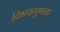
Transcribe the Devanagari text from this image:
विभवगुणक